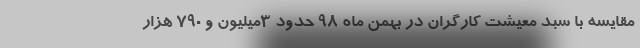
مقایسه با سبد معیشت کارگران در بهمن ماه 98 حدود 3میلیون و 790 هزار